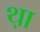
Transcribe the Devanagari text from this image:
थ़ा